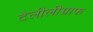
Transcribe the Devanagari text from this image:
टेलीलीग्राफ